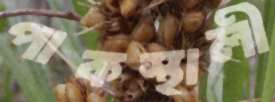
পাকস্থালী